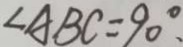
\angle A B C = 9 0 ^ { \circ } .